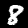
Label: 8